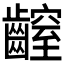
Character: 𪙜